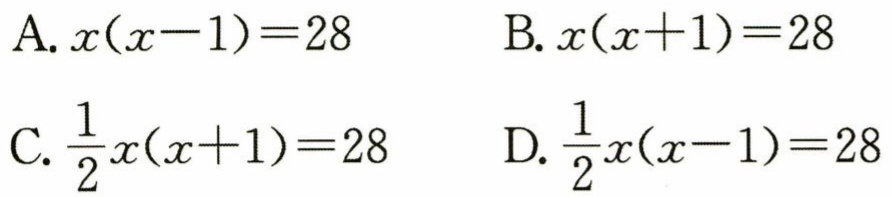
A. \(x(x - 1)=28\)
B. \(x(x + 1)=28\)
C. \(\frac{1}{2}x(x + 1)=28\)
D. \(\frac{1}{2}x(x - 1)=28\)